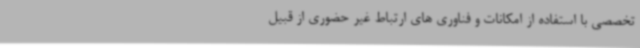
تخصصی با استفاده از امکانات و فناوری های ارتباط غیر حضوری از قبیل